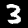
Digit: 3